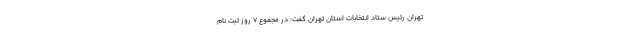
تهران رئیس ستاد انتخابات استان تهران گفت: در مجموع ۷ روز ثبت نام